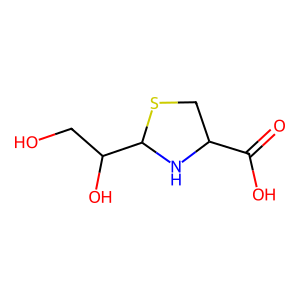
SMILES: O=C(O)C1CSC(C(O)CO)N1
Inhibits HIV replication: No